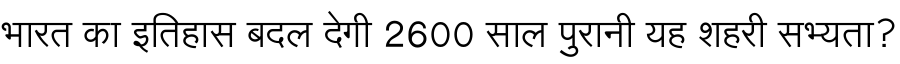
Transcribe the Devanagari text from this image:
भारत का इतिहास बदल देगी 2600 साल पुरानी यह शहरी सभ्यता?